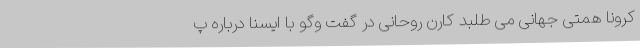
کرونا همتی جهانی می طلبد کارن روحانی در گفت وگو با ایسنا درباره پ